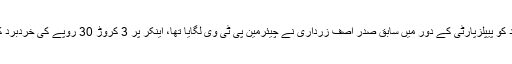
شاہد مسعود کو پیپلزپارٹی کے دور میں سابق صدر آصف زرداری نے چیئرمین پی ٹی وی لگایا تھا، اینکر پر 3 کروڑ 30 روپے کی خردبرد کا الزام ہے۔